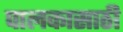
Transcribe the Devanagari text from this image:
पालकासाठी